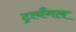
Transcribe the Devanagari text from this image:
ट्रायँगल